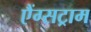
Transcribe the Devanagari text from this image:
एैंग्सट्राम